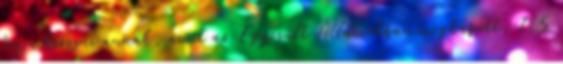
fogja keresni annak, amit az Egyesült Államokban megkapott, 1,5